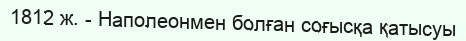
1812 ж. - Наполеонмен болған соғысқа қатысуы